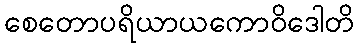
စေတောပရိယာယကောဝိဒေါတိ